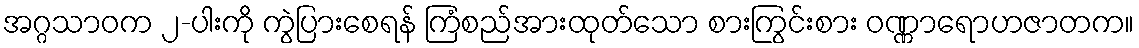
အဂ္ဂသာဝက ၂-ပါးကို ကွဲပြားစေရန် ကြံစည်အားထုတ်သော စားကြွင်းစား ဝဏ္ဏာရောဟဇာတက။